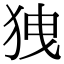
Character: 㹭